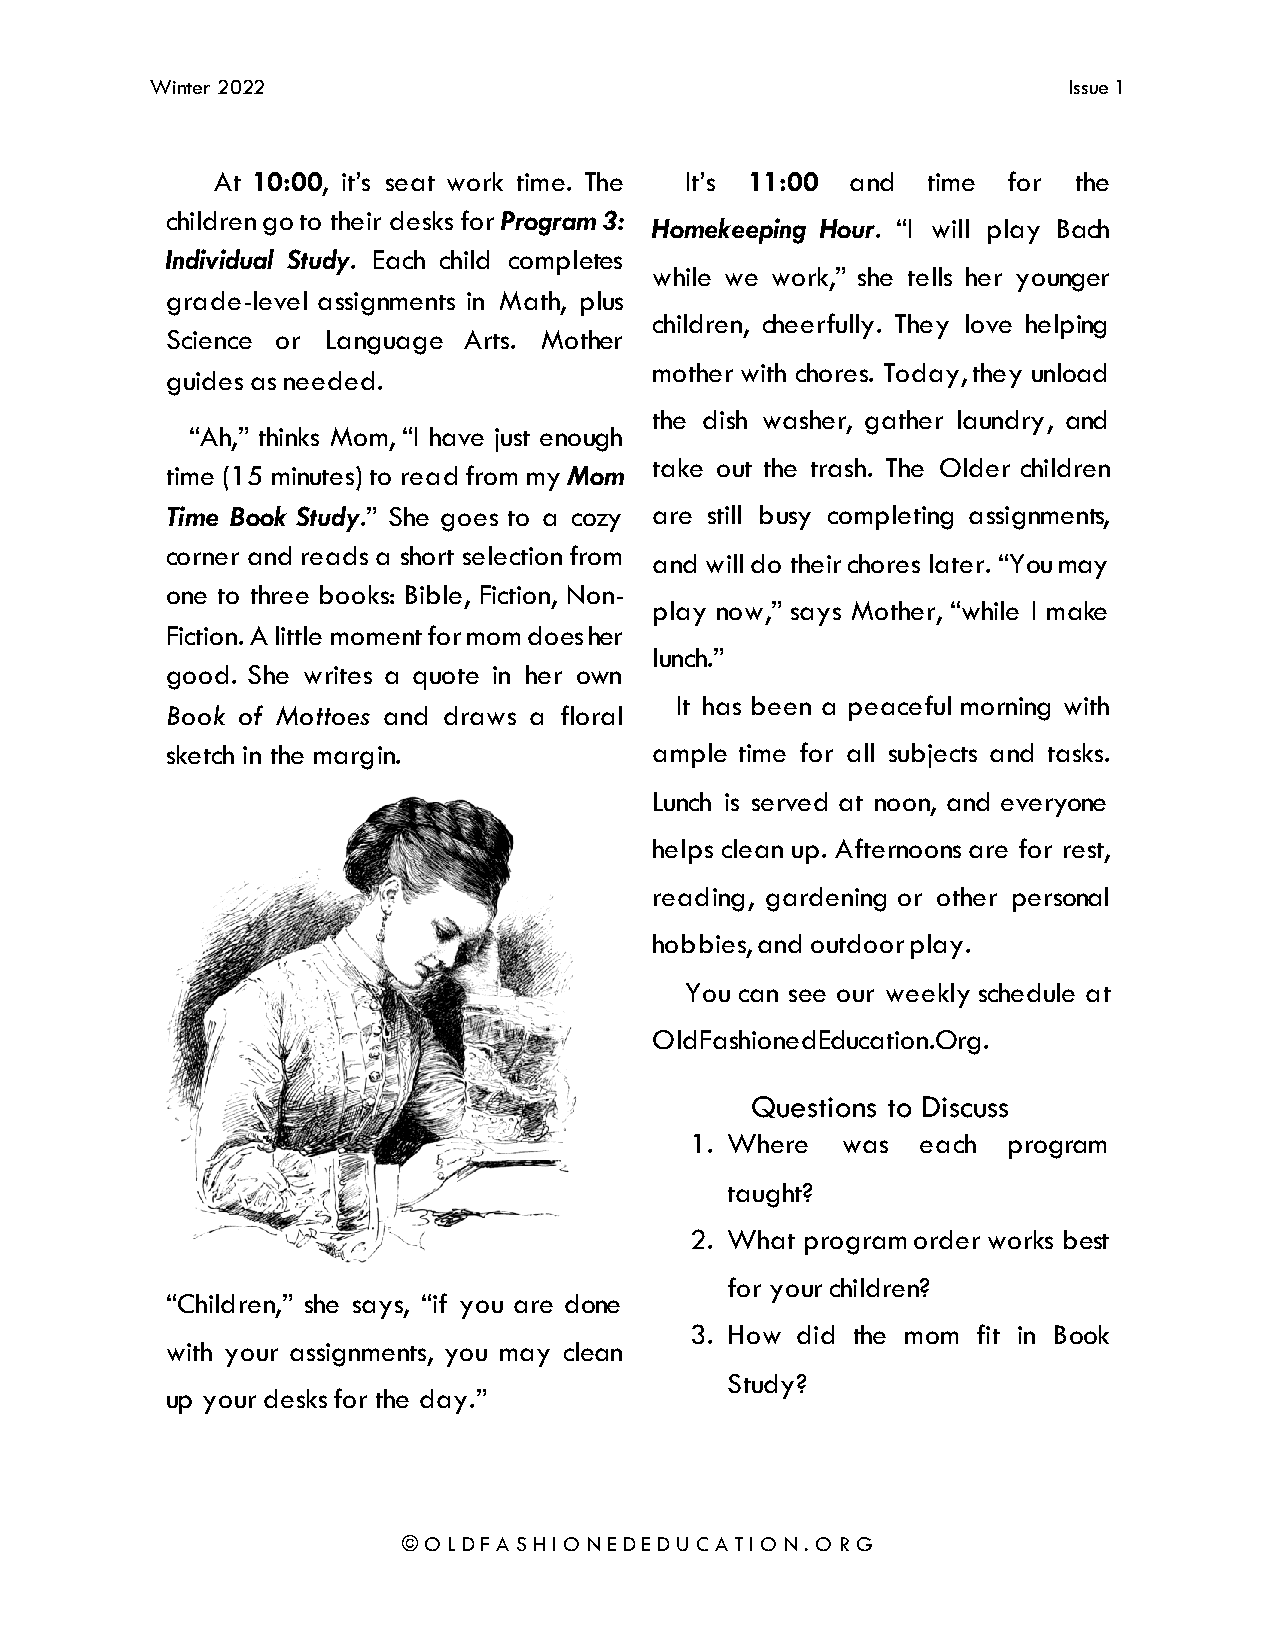
Winter 2022                                                  Issue 1
 At 10:00, it’s seat work time. The It’s 11:00 and time for the
 children go to their desks for Program 3:
 Homekeeping Hour. “I will play Bach
 Individual Study. Each child completes
 while we work,” she tells her younger
 grade-level assignments in Math, plus
 children, cheerfully. They love helping
 Science or Language Arts. Mother
 mother with chores. Today, they unload
 guides as needed.
 the dish washer, gather laundry, and
 “Ah,” thinks Mom, “I have just enough
 take out the trash. The Older children
 time (15 minutes) to read from my Mom
 Time Book Study.” She goes to a cozy are still busy completing assignments,
 corner and reads a short selection from
 and will do their chores later. “You may
 one to three books: Bible, Fiction, Non-
 play now,” says Mother, “while I make
 Fiction. A little moment for mom does her
 lunch.”
 good. She writes a quote in her own
 It has been a peaceful morning with
 Book of Mottoes and draws a floral
 sketch in the margin.           ample time for all subjects and tasks.
 Lunch is served at noon, and everyone
 helps clean up. Afternoons are for rest,
 reading, gardening or other personal
 hobbies, and outdoor play.
 You can see our weekly schedule at
 OldFashionedEducation.Org.
 Questions to Discuss
 1. Where  was  each  program
 taught?
 2. What program order works best
 for your children?
 “Children,” she says, “if you are done
 3. How did the mom fit in Book
 with your assignments, you may clean
 Study?
 up your desks for the day.”
 © O L D F A S H I O N E D E D U C A T I O N . O R G